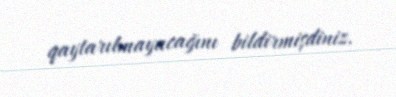
qaytarılmayacağını bildirmişdiniz.